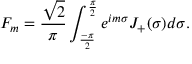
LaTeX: F _ { m } = \frac { \sqrt { 2 } } { \pi } \int _ { \frac { - \pi } { 2 } } ^ { \frac { \pi } { 2 } } e ^ { i m \sigma } J _ { + } ( \sigma ) d \sigma .